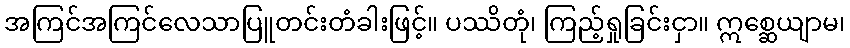
အကြင်အကြင်လေသာပြူတင်းတံခါးဖြင့်။ ပဿိတုံ၊ ကြည့်ရှုခြင်းငှာ။ ဣစ္ဆေယျာမ၊